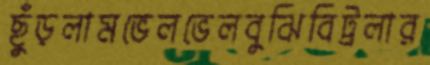
ছুঁড়লামভেলভেলবুঝিবিট্রলার